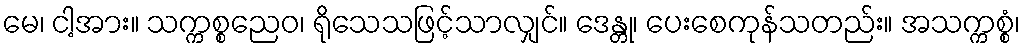
မေ၊ ငါ့အား။ သက္ကစ္စညေဝ၊ ရိုသေသဖြင့်သာလျှင်။ ဒေန္တု၊ ပေးစေကုန်သတည်း။ အသက္ကစ္စံ၊